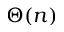
\Theta ( n )